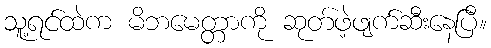
သူ့ရင်ထဲက မိဘမေတ္တာကို ဆုတ်ဖဲ့ဖျက်ဆီးနေပြီ။